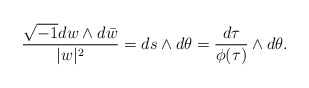
\begin{align*}\frac{\sqrt{-1}dw\wedge d\bar{w}}{\lvert w\rvert^{2}}=ds\wedge d\theta=\frac{d\tau}{\phi(\tau)}\wedge d\theta.\end{align*}